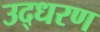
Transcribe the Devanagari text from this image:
उद्‍धरण